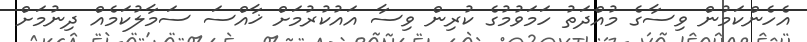
އެހެންކަމުން ވިސާގެ މުއްދަތު ހަމަވުމުގެ ކުރިން ވިސާ އައުކުރުމަށް ޚާއްސަ ސަމާލުކަމެއް ދިނުމަށް